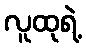
လူထုရဲ့